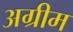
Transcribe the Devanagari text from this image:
अग्रीम